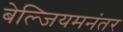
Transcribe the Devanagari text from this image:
बेल्जियमनंतर